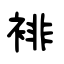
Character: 裶